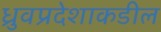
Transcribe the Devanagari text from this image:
ध्रुवप्रदेशाकडील